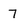
Character: 7